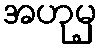
အဟုမှ